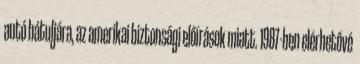
autó hátuljára, az amerikai biztonsági előírások miatt. 1987-ben elérhetővé